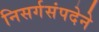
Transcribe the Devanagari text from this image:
निसर्गसंपदेने